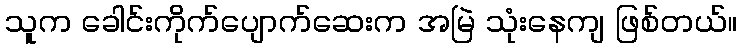
သူက ခေါင်းကိုက်ပျောက်ဆေးက အမြဲ သုံးနေကျ ဖြစ်တယ်။